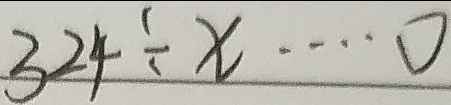
3 2 4 \div x \cdots 0